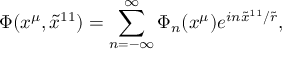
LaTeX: \Phi ( x ^ { \mu } , { \tilde { x } } ^ { 1 1 } ) = \sum _ { n = - \infty } ^ { \infty } \Phi _ { n } ( x ^ { \mu } ) e ^ { i n { \tilde { x } } ^ { 1 1 } / { \tilde { r } } } ,